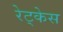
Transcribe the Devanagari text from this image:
रेट्केस